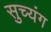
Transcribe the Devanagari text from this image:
सुच्यंग